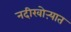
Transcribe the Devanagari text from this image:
नदीखोऱ्यात